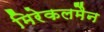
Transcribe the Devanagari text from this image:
मिरेकलमैन